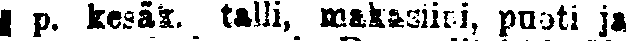
p. kesää, talli, makasiini, puoti ja